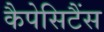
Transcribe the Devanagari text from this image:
कैपेसिटैंस